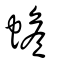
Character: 蟾